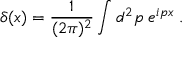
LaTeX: \delta ( x ) = \frac { 1 } { ( 2 \pi ) ^ { 2 } } \int d ^ { 2 } p \; e ^ { i p x } \; .